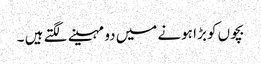
بچوں کو بڑا ہونے میں دو مہینے لگتے ہیں ۔